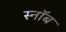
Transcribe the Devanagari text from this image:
स्नॉब